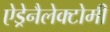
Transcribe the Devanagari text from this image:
ऐड्रेनैलेक्टोमी